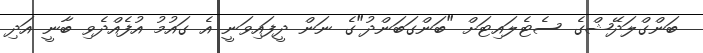
ބަންގްލަދޭޝްގެ ސެޓެލައިޓަށް "ބަންގަބަންދު"ގެ ނަން ދީފައިވަނީ އެ ގައުމު އުފެއްދެވި ބާނީ އަދި